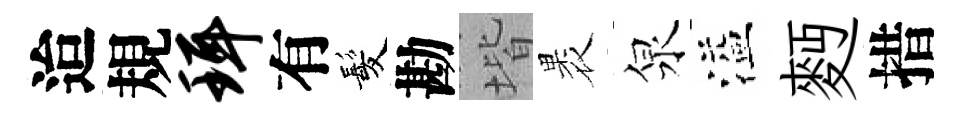
迨規珥有髪勘堦褁泉溢麪措